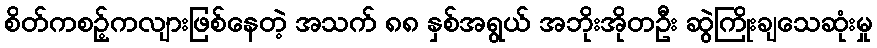
စိတ်ကစဉ့်ကလျားဖြစ်နေတဲ့ အသက် ၈၈ နှစ်အရွယ် အဘိုးအိုတဦး ဆွဲကြိုးချသေဆုံးမှု